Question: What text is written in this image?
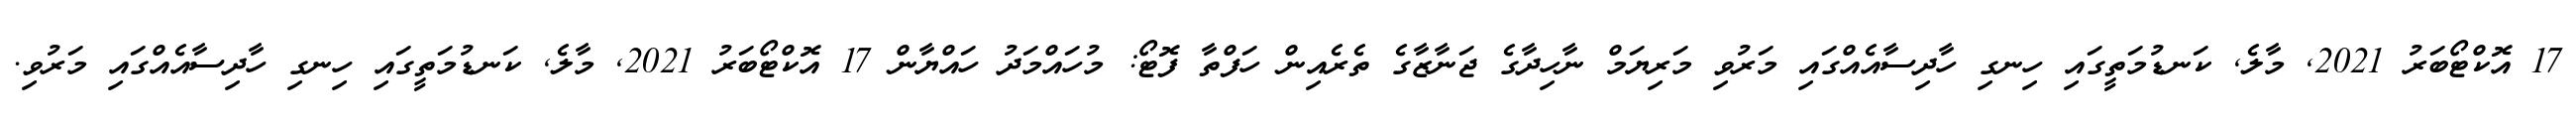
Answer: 17 އޮކްޓޯބަރު 2021, މާލެ, ކަނޑުމަތީގައި ހިނގި ހާދިސާއެއްގައި މަރުވި މަރިޔަމް ނާހިދާގެ ޖަނާޒާގެ ތެރެއިން ހަފްތާ ފޮޓޯ: މުހައްމަދު ހައްޔާން 17 އޮކްޓޯބަރު 2021, މާލެ, ކަނޑުމަތީގައި ހިނގި ހާދިސާއެއްގައި މަރުވި.